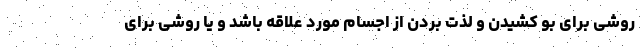
روشی برای بو کشیدن و لذت بردن از اجسام مورد علاقه باشد و یا روشی برای